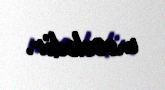
məsələdir.